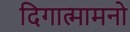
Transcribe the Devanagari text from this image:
दिगात्मामनो